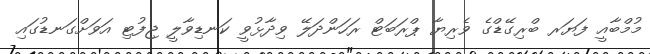
މުމްބާއީ ފަޔަރ ބްރިގޭޑްގެ ވެރިޔާ ޕްރަބަޓް ރަހަންދަލޭ ވިދާޅުވީ ކަނޑިވާލީ ޖިފުޓި އަވަށްގަނޑުގައި